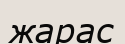
жарас